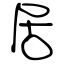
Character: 居